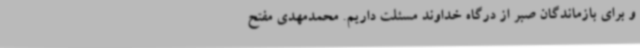
و برای بازماندگان صبر از درگاه خداوند مسئلت داریم. محمدمهدی مفتح